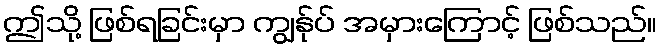
ဤသို့ ဖြစ်ရခြင်းမှာ ကျွန်ုပ် အမှားကြောင့် ဖြစ်သည်။